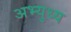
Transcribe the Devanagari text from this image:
अभ्युध्य